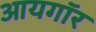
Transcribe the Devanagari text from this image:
आयगॉर